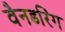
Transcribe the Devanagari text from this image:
वैनडरिंग